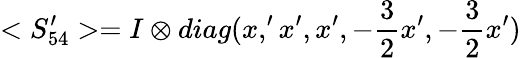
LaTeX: <S_{54}^{\prime}>=I\otimes diag(x,^{\prime}x^{\prime},x^{\prime},-{\frac{3}{2}}x^{\prime},-{\frac{3}{2}}x^{\prime})